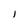
Character: I